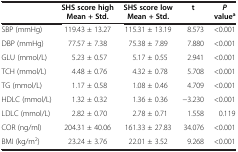
<table><thead><tr><td rowspan="2"><b> </b></td><td><b>SHS score high</b></td><td><b>SHS score low</b></td><td rowspan="2"><b>t</b></td><td rowspan="2"><b><i>P </i>value<sup>a</sup></b></td></tr><tr><td><b>Mean + Std.</b></td><td><b>Mean + Std.</b></td></tr></thead><tbody><tr><td>SBP (mmHg)</td><td>119.43 ± 13.27</td><td>115.31 ± 13.19</td><td>8.573</td><td>&lt;0.001</td></tr><tr><td>DBP (mmHg)</td><td>77.57 ± 7.38</td><td>75.38 ± 7.89</td><td>7.880</td><td>&lt;0.001</td></tr><tr><td>GLU (mmol/L)</td><td>5.23 ± 0.57</td><td>5.17 ± 0.55</td><td>2.941</td><td>&lt;0.001</td></tr><tr><td>TCH (mmol/L)</td><td>4.48 ± 0.76</td><td>4.32 ± 0.78</td><td>5.708</td><td>&lt;0.001</td></tr><tr><td>TG (mmol/L)</td><td>1.17 ± 0.58</td><td>1.08 ± 0.46</td><td>4.709</td><td>&lt;0.001</td></tr><tr><td>HDLC (mmol/L)</td><td>1.32 ± 0.32</td><td>1.36 ± 0.36</td><td>−3.230</td><td>&lt;0.001</td></tr><tr><td>LDLC (mmol/L)</td><td>2.82 ± 0.70</td><td>2.78 ± 0.71</td><td>1.558</td><td>0.119</td></tr><tr><td>COR (ng/ml)</td><td>204.31 ± 40.06</td><td>161.33 ± 27.83</td><td>34.076</td><td>&lt;0.001</td></tr><tr><td>BMI (kg/m<sup>2</sup>)</td><td>23.24 ± 3.76</td><td>22.01 ± 3.52</td><td>9.268</td><td>&lt;0.001</td></tr></tbody></table>